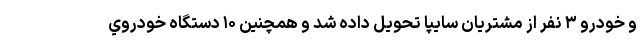
و خودرو ۳ نفر از مشتريان سايپا تحويل داده شد و همچنين ۱۰ دستگاه خودروي